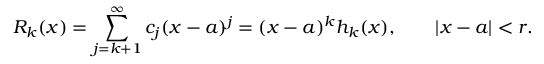
R _ { k } ( x ) = \sum _ { j = k + 1 } ^ { \infty } c _ { j } ( x - a ) ^ { j } = ( x - a ) ^ { k } h _ { k } ( x ) , \qquad | x - a | < r .